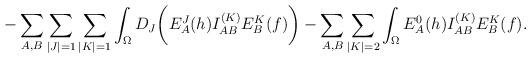
LaTeX: \begin{align*}-\sum_{A,B}\sum_{\vert J \vert =1}\sum_{\vert K \vert =1}\int_{\Omega} D_J\biggl( E^J_A(h)I^{(K)}_{AB}E^K_B(f)\biggr) -\sum_{A,B}\sum_{\vert K \vert =2}\int_{\Omega} E^0_A(h)I^{(K)}_{AB}E^K_B(f) . \end{align*}